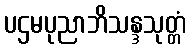
ပဌမပုညာဘိသန္ဒသုတ္တံ